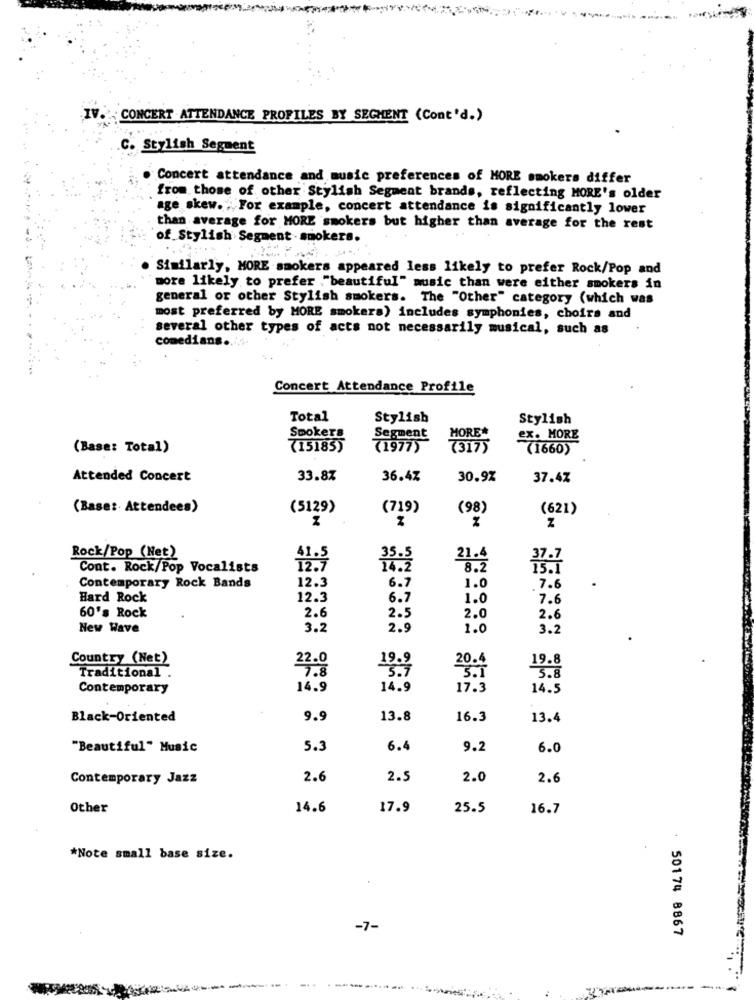
IV
CONCERT .ATTENDANCE PROFILES BY SEGMENT (Cont'd.)
C. Stylish Segment
Concert attendance and music preferences of MORE smokers differ
from those of other Stylish Segment brands, reflecting MORE's older
age skew. , For example, concert attendance is significantly lower
than average for MORE smokers but higher than average for the rest
of Stylish Segment . smokers.
. Similarly, MORE smokers appeared less likely to prefer Rock/Pop and
more likely to prefer ,"beautiful" music than were either smokers in
general or other Stylish smokers. The "Other" category (which was
most preferred by MORE smokers) includes symphonies, choirs and
several other types of acts not necessarily musical, such as
comedians .....
Concert Attendance Profile
Total
Stylish
Stylish
Smokers
Segment
MORE
ex. MORE
(Base: Total)
(15185)
719775
73175
(1660)
Attended Concert
33.8%
36.47
30.9%
37.47
(Base: Attendees)
(5129)
(719)
(98)
(621)
Z
Rock/Pop (Net)
21.4
Cont. Rock/Pop Vocalists
12.9
14:2
15.1
12.3
6.7
7.6
Contemporary Rock Bands
1.0
Hard Rock
12.3
6.7
1.0
7.6
60's Rock
2.6
2.5
2.0
2.6
New Wave
3.2
2.9
1.0
3.2
Country (Net)
19.8
3.8
Traditional
23.8
Contemporary
14.9
14.9
17.3
14.5
Black-Oriented
9.9
13.8
16.3
13.4
"Beautiful" Music
5.3
6.4
9.2
6.0
Contemporary Jazz
2.6
2.5
2.0
2.6
Other
14.6
17.9
25.5
16.7
*Note small base size.
-7-
50174 8867